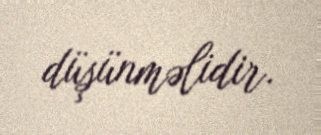
düşünməlidir.